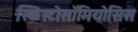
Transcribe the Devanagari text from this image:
स्किस्टोसॉमियोसिस